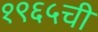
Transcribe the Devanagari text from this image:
१९६५ची